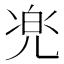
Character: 𱏧